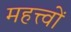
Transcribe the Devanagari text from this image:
महत्त्वों